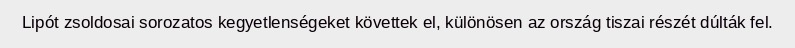
Lipót zsoldosai sorozatos kegyetlenségeket követtek el, különösen az ország tiszai részét dúlták fel.